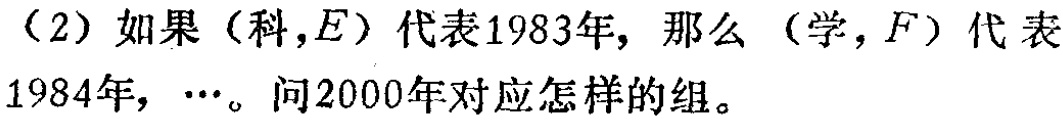
（2）如果（科，\(E\)）代表1983年，那么（学，\(F\)）代表1984年，\(\cdots\)。问2000年对应怎样的组。